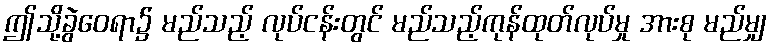
ဤသို့ခွဲဝေရာ၌ မည်သည့် လုပ်ငန်းတွင် မည်သည့်ကုန်ထုတ်လုပ်မှု အားစု မည်မျှ